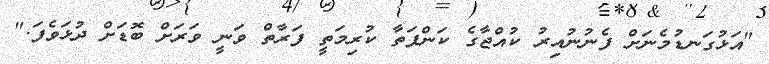
"އަޅުގަނޑުމެނަށް ފެނުނުއިރު ކުއްޖާގެ ކަންފަތާ ކުރިމަތީ ފަރާތް ވަނީ ވަރަށް ބޮޑަށް ދުޅަވެފަ."